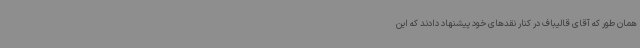
همان طور که آقای قالیباف در کنار نقدهای خود پیشنهاد دادند که این